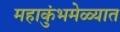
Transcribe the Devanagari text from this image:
महाकुंभमेळ्यात